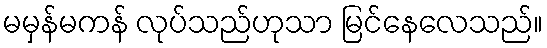
မမှန်မကန် လုပ်သည်ဟုသာ မြင်နေလေသည်။